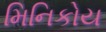
મિનિકોય